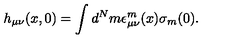
h _ { \mu \nu } ( x , 0 ) = \int d ^ { N } m \epsilon _ { \mu \nu } ^ { m } ( x ) \sigma _ { m } ( 0 ) .